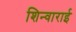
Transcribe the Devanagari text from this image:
शिन्वाराई